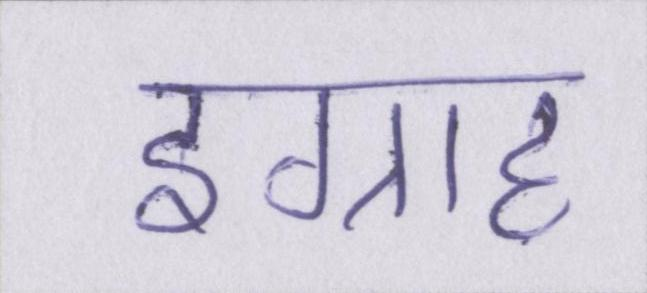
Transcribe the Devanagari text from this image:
इग्राह